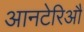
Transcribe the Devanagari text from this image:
आनटेरिऔ